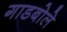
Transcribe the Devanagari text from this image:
गाडबोले